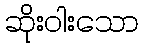
ဆိုးဝါးသော